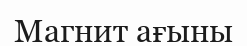
Магнит ағыны